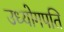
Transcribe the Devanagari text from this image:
उध्योगपति